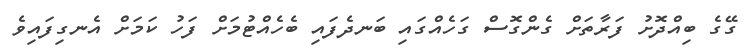
ގޭގެ ބިއްދޮށު ފަރާތަށް ގެންގޮސް ގަހެއްގައި ބަނދެފައި ބެހެއްޓުމަށް ފަހު ކަމަށް އެނގިފައިވެ